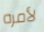
لأمره